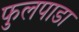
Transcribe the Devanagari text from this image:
फुलपाडा